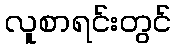
လူစာရင်းတွင်